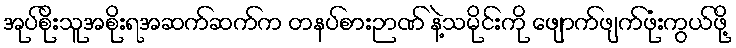
အုပ်စိုးသူအစိုးရအဆက်ဆက်က တနပ်စားဉာဏ် နဲ့သမိုင်းကို ဖျောက်ဖျက်ဖုံးကွယ်ဖို့